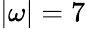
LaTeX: |{\mathbf\omega}|=7